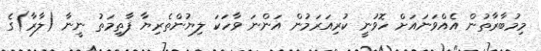
މިމުބާރާތުން އެއްވަނައަށް ހޮވުނީ ކުރިއަރަމުން އަންނަ ވާހަކަ ލިޔުންތެރިޔާ ފާތިމަތު ނީނާ (ލާރާ)ގެ